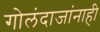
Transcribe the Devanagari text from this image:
गोलंदाजांनाही